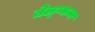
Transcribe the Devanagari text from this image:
तेल्ग्मन्न